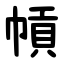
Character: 幊